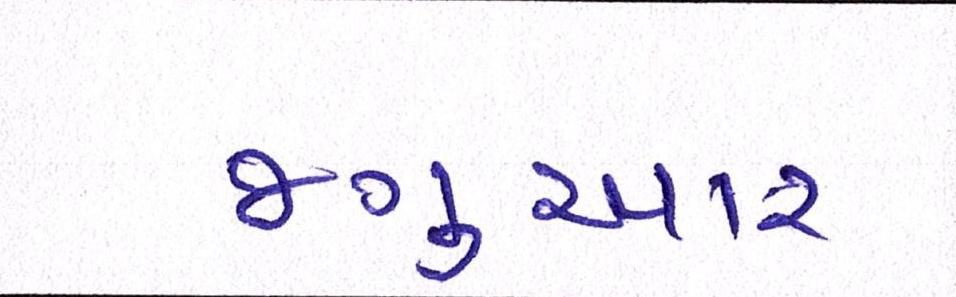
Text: જગુઆર